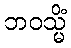
ဘဝသ္မိံ